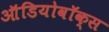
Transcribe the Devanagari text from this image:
ऑडियोवॉक्स